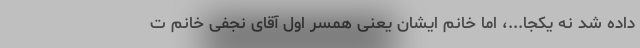
داده شد نه یکجا...، اما خانم ایشان یعنی همسر اول آقای نجفی خانم ت